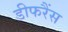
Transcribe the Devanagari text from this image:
डीफरैंस